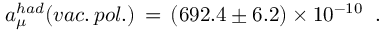
a _ { \mu } ^ { h a d } ( v a c . \, p o l . ) \, = \, ( 6 9 2 . 4 \pm 6 . 2 ) \times 1 0 ^ { - 1 0 } \; \; .